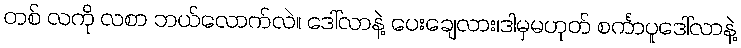
တစ် လကို လစာ ဘယ်လောက်လဲ။ ဒေါ်လာနဲ့ ပေးချေလား၊ဒါမှမဟုတ် စင်္ကာပူဒေါ်လာနဲ့